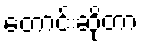
တောင်းဆိုတာ